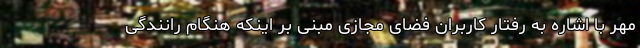
مهر با اشاره به رفتار کاربران فضای مجازی مبنی بر اینکه هنگام رانندگی